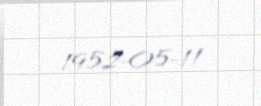
1952-05-11